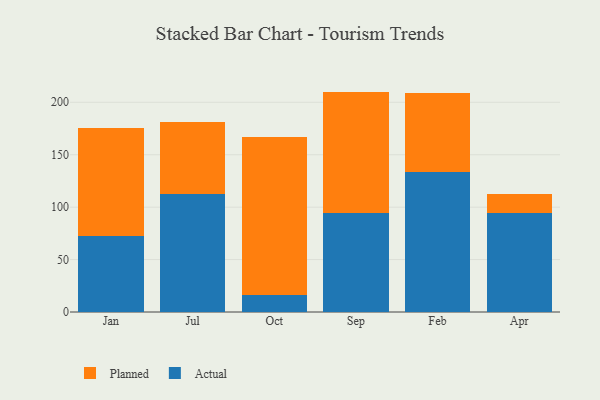
{"axis": {"x": "Month", "y": "Tickets Resolved"}, "legend": ["Actual", "Planned"], "data": [{"x": "Jan", "y": 72.4, "type": "Actual"}, {"x": "Jan", "y": 102.9, "type": "Planned"}, {"x": "Jul", "y": 112.4, "type": "Actual"}, {"x": "Jul", "y": 69.0, "type": "Planned"}, {"x": "Oct", "y": 16.5, "type": "Actual"}, {"x": "Oct", "y": 150.8, "type": "Planned"}, {"x": "Sep", "y": 94.7, "type": "Actual"}, {"x": "Sep", "y": 115.5, "type": "Planned"}, {"x": "Feb", "y": 133.7, "type": "Actual"}, {"x": "Feb", "y": 75.0, "type": "Planned"}, {"x": "Apr", "y": 94.6, "type": "Actual"}, {"x": "Apr", "y": 17.6, "type": "Planned"}]}